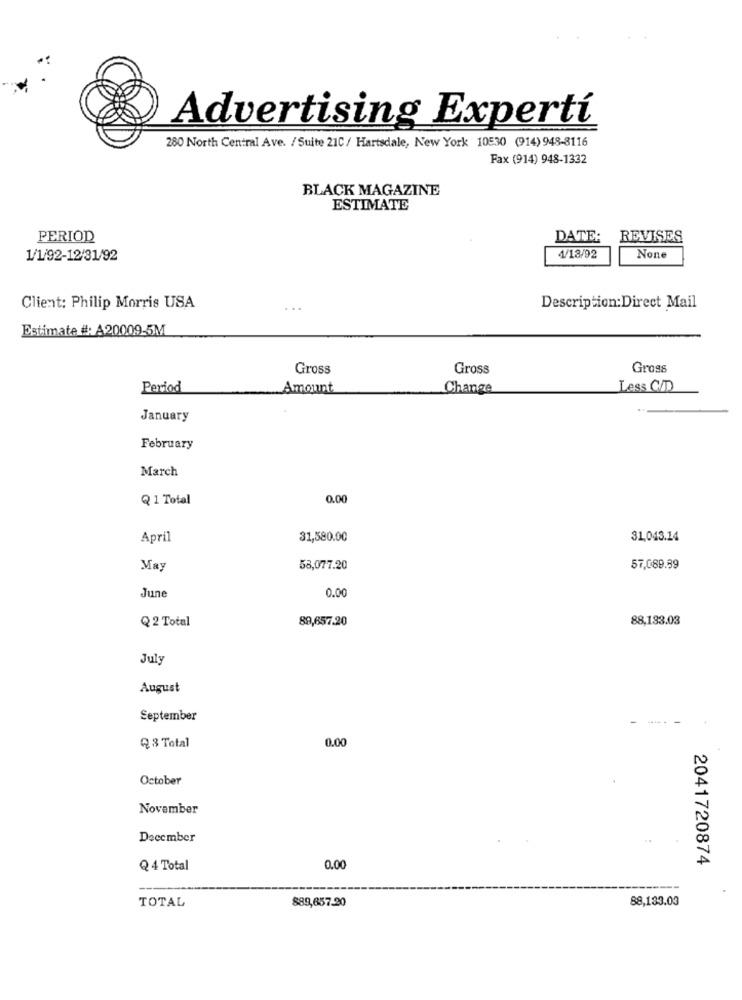
Advertising Expertí
280 North Central Ave. / Suite 21C / Hartsdale, New York 10530 (914) 948-8116
Fax (914) 948-1332
BLACK MAGAZINE
ESTIMATE
PERIOD
DATE:
REVISES
1/1/92-12/31/92
4/18/92
Client: Philip Morris USA
Description: Direct Mail
Estimate #: A20009-5M
Gross
Gross
Gross
Period
Amount
Change
Less C/D
January
February
March
Q 1 Total
0.00
April
31,580.00
31,043.14
May
58,077.20
57,089.39
June
0.00
Q 2 Total
89,657.20
88,133.03
July
August
September
----
0.00
Q.8 Total
October
November
December
2041720874
Q 4 Total
0.00
$89,657.20
88,133.03
TOTAL